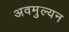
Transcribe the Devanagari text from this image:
अवमुल्यन